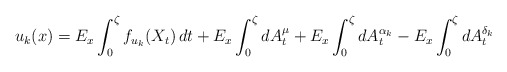
\begin{align*}u_k(x)=E_{x}\int_0^{\zeta}f_{u_k}(X_t)\,dt+E_x\int_0^{\zeta}dA^{\mu}_t+E_x\int_0^{\zeta}dA^{\alpha_k}_t-E_x\int_0^{\zeta}dA^{\delta_k}_t\end{align*}